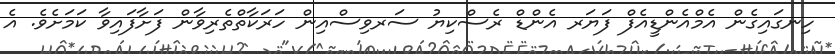
ހިނގައިގެން އެމްއެންޑީއެފް ފަޔަރ އެންޑް ރެސްކިޔު ސަރވިސްއިން ހަރަކާތްތެރިވާން ފަށާފައިވާ ކަމަށެވެ. އެ